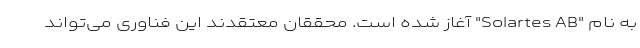
به نام "Solartes AB" آغاز شده است. محققان معتقدند این فناوری می‌تواند